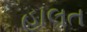
હાલત